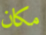
مكان